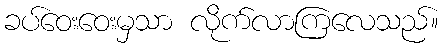
ခပ်ဝေးဝေးမှသာ လိုက်လာကြလေသည်။